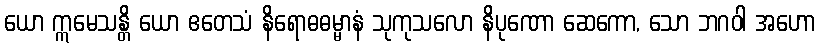
ယော ဣမေသန္တိ ယော ဧတေသံ နိရောဓဓမ္မာနံ သုကုသလော နိပုဏော ဆေကော, သော ဘဂဝါ အဟော